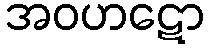
အဝဟဋော